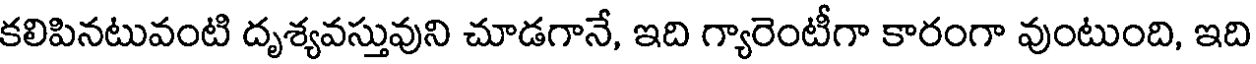
కలిపినటువంటి దృశ్యవస్తువుని చూడగానే, ఇది గ్యారెంటీగా కారంగా వుంటుంది, ఇది